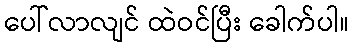
ပေါ်လာလျင် ထဲဝင်ပြီး ခေါက်ပါ။